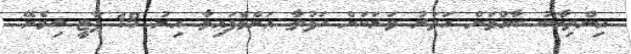
އިންތިޚާބު ބާއްވަން ހަތަރު ވަރަކަށް ހަފުތާ އަށްވެފައިވާ އިރު 18 ޕާޓީ ހިމެނޭ